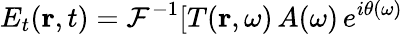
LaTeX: E_{t}(\mathbf{r},t)=\mathcal{F}^{-1}[T(\mathbf{r},\omega)\, A(\omega)\, e^{i\theta(\omega)}